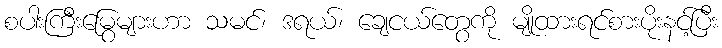
စပါးကြီးမြွေများဟာ သမင်၊ ဒရယ်၊ ချေငယ်တွေကို မျိုထားရင်စားပိုးနင့်ပြီး